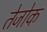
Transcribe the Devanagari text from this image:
तेजोक